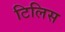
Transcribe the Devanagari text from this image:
टिलिस